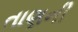
તાણની